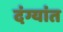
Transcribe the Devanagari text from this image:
दंग्यांत